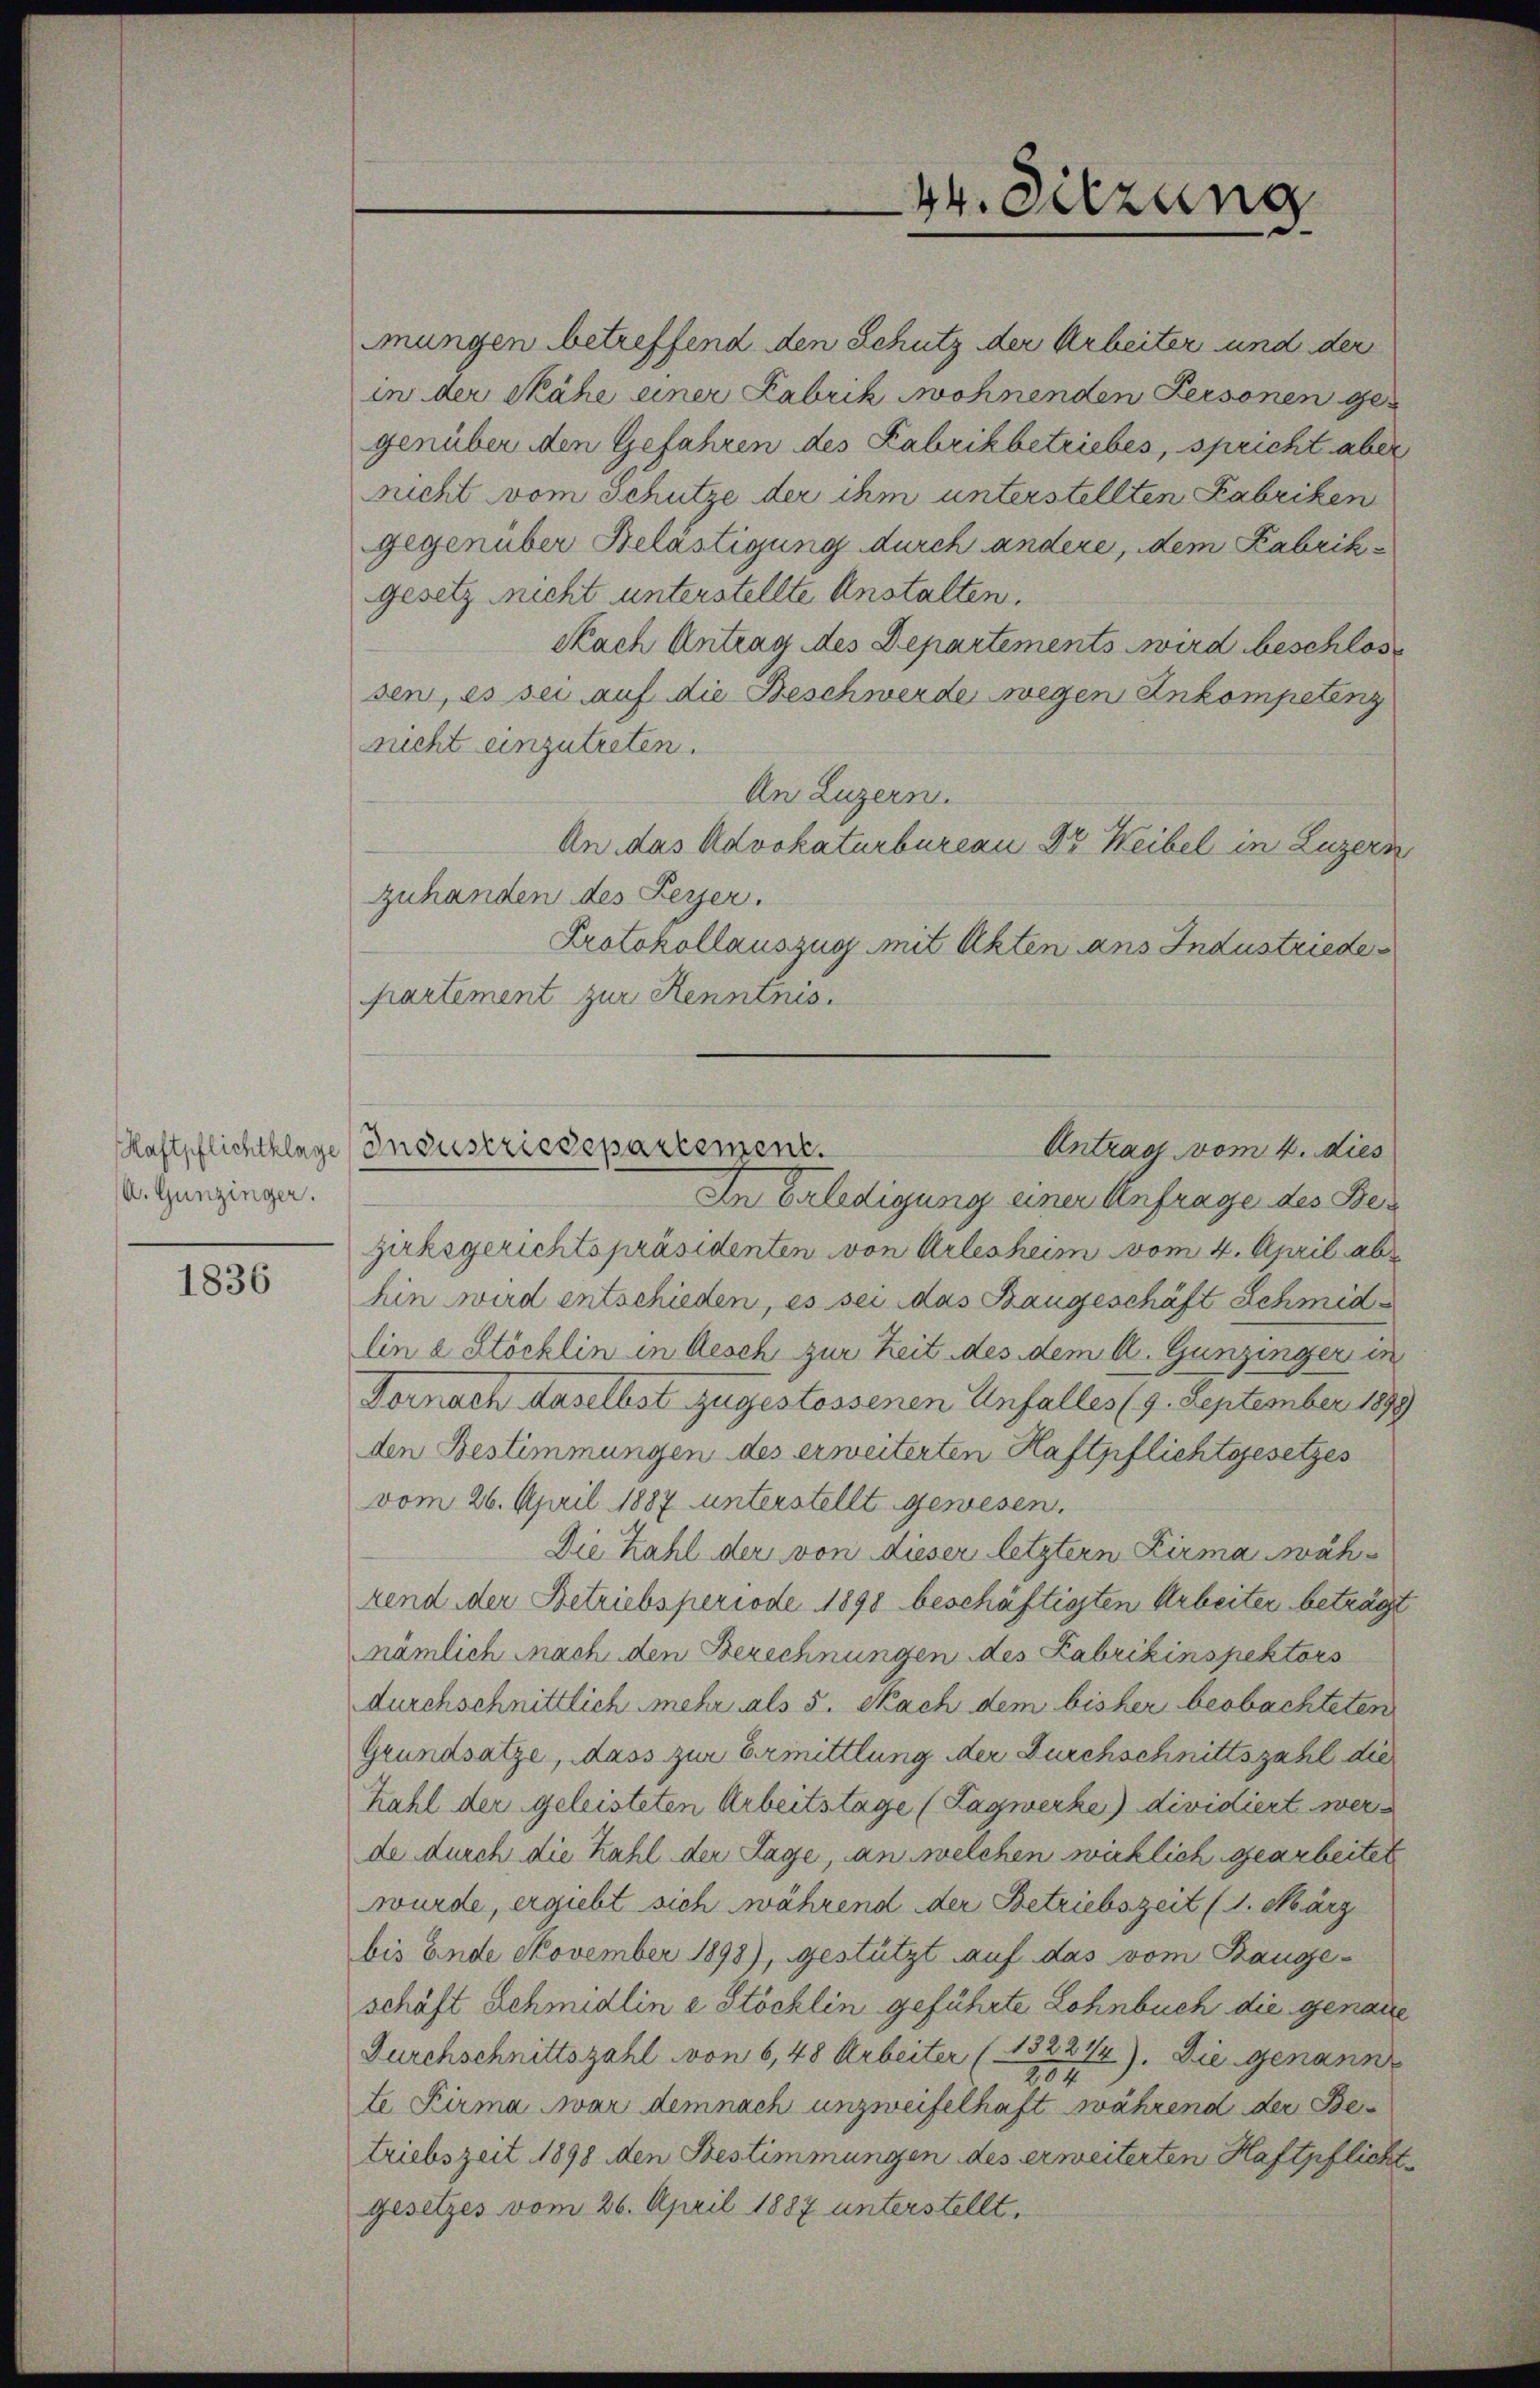
A. Gunzinger.

1836

mungen betreffend den Schutz der Arbeiter und der
in der Nähe einer Fabrik wohnenden Personen ges
genüber den Gefahren des Kabrikbetriebes, spricht aber
nicht vom Schutze der ihm unterstellten Fabriken
gegenüber Belästigung durch andere, dem Fabrikgesetz nicht unterstellte Anstalten.
Nach Antrag des Departements wird beschlos
sen, es sei auf die Beschwerde wegen Ankompetenz
nicht einzutreten.
An Luzern.
An das Advokaturbureau Dr. Weibel in Luzern
zuhanden des Herzer.
Protokollauszug mit Akten ans Industriedepartement zur Kenntnis.
An Erledigung einer Anfrage des Bezirksgerichtspräsidenten von Arlesheim vom 4. April abe
hin wird entschieden, es sei das Baugeschäft Schmidlina Stöcklin in Aesch zur Zeit des dem A. Gunzinger in
Fornach Haselbst zugestossenen Unfall(...)(9. September 1899
den Bestimmungen des erweiterten Haftpflichtgesetzes
vom 26. April 1887 unterstellt gewesen.
Die Zahl der von dieser letztern Firma während der Betriebsperiode 1890 beschäftigten Arbeiter beträgt
nämlich nach den Berechnungen des Kabrikinspektors
durchschnittlich mehr als 5. Nach dem bisher beobachteten
Grundsatze, dass zur Ermittlung der Durchschnittszahl die
Kahl der geleisteten Arbeitstage (Tagwerke) dividiert werde durch die Zahl der Lage, an welchen wirklich gearbeitet
wurde, ergiebt sich während der Betriebszeit (1. März
bis Ende November 1898), gestützt auf das vom Bauge-
schäft Schmidlin e Stöcklin geführte Lohnbuch die genaue
Durchschnittszahl von 6,48 Arbeiter (15221/4). Die genann
204
te Firma Avar demnach unzweifelhaft während der Betriebszeit 1898 den Bestimmungen des erweiterten Haftpflicht
gesetzes vom 26. April 1887 unterstellt.

44. Sitzung

Kaftpflichtklage Industriedepartement.
Antrag vom 4. dies